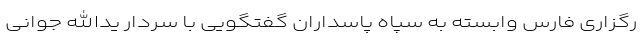
رگزاری فارس وابسته به سپاه پاسداران گفتگویی با سردار یدالله جوانی